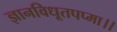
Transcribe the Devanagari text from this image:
ज्ञानविधूतपप्मा।।